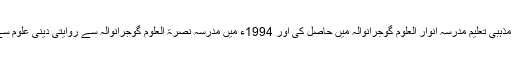
عمار خان ناصر نے ابتدائی مذہبی تعلیم مدرسہ انوار العلوم گوجرانوالہ میں حاصل کی اور 1994ء میں مدرسہ نصرۃ العلوم گوجرانوالہ سے روایتی دینی علوم سے باقاعدہ فراغت حاصل کی۔